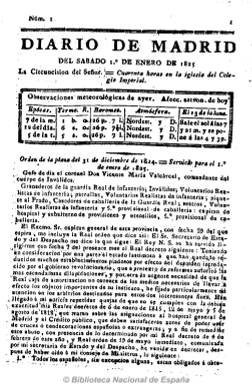
Título: Diario de avisos de Madrid
Otros títulos: Diario de Madrid
Colección: Periódicos anteriores a 1850
Ámbito geográfico: Madrid
Lugar de publicación: Madrid
Fechas: 01/01/1825-31/10/1847

Se trata de la una de las variaciones de la cabecera del primer diario español que fundara, en 1758, Francisco Mariano Nipho (1719-1803) con el título Diario noticioso…, que en esta ocasión reaparece a partir de uno de enero de 1825, por real privilegio de Fernando VII al comienzo de la Década Ominosa (1824-1833), con el título de Diario de Madrid, y que el uno de abril cambia por el de Diario de avisos de Madrid, para de nuevo retomar el anterior título a partir de febrero de 1836.

Junto a la oficial Gazeta de Madrid, será el único periódico noticioso que la dura censura del Decenio Calomardino permite su edición, siendo calificado en esta etapa de absolutista y servil.

El privilegio para su publicación se encontraba en manos de Santiago Thewin, el hijo del alemán nacionalizado español del mismo nombre y discípulo de Nipho y responsable de su edición desde 1786. Privilegio que es traspasado para un periodo de diez años al editor Pedro Jiménez de Haro.

De cuatro páginas, sus contenidos son puramente noticiosos, comenzado, tras el santoral y las observaciones meteorológicas, por los nombramientos, órdenes, disposiciones oficiales y otros anuncios y avisos gubernamentales, y siguiendo por otros de tipo comercial, como el precio de los granos, ventas, traspasos, alquileres, subastas, pérdidas, empleo de nodrizas, sirvientes y otros oficios y profesiones, así como notas sobre estrenos teatrales, ópera y de espectáculos y diversiones públicas, policía urbana, horarios de transportes y agenda. También incluirá información sobre los cambios de moneda, información sobre la Bolsa de Madrid y partes religiosos y judiciales.

Diario de avisos… fue mordazmente criticado por su carácter anodino e insulso, y en 1835 lo dirigirá Ramón Mesonero Romanos (1803-1882), que en su cuarta plana, convertida en una especie de ‘cajón de sastre’, publicará artículos de costumbres bajo el epígrafe de “Panorama Matritense”. Sus avisos, anuncios y ‘noticias particulares’ de Madrid fueron considerados por Benito Pérez Galdós (1843-1920) como fuente interesante para el curioso investigador de costumbres, y el propio escritor confiesa que su lectura le fue muy útil para dos de sus episodios nacionales.

Fue sin embargo un periódico muy popular por su carácter utilitario y es asimismo fuente de datos de tipo social, comercial y económico, por las noticias que publicó sobre entidades de ahorro, precios y mercado de trabajo.

Dispuso de imprenta propia y en 1935 fue su editor e impresor Tomás Jordán, que después pasó a su viuda e hijos y, por último a la Sociedad literaria-tipográfica de la Ilustración. Terminó esta época el 30 de octubre de 1847, comenzado la última con el título de Diario oficial de avisos de Madrid, que duró hasta finales de 1918.